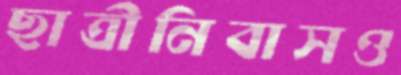
ছাত্রীনিবাসও